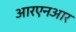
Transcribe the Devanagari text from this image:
आरएनआर